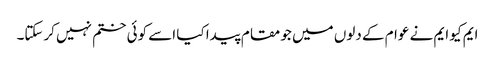
ایم کیو ایم نے عوام کے دلوں میں جو مقام پیدا کیا اسے کوئی ختم نہیں کرسکتا۔